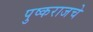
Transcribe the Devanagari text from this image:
पुष्कराजचे